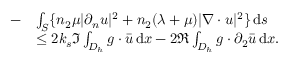
\begin{array} { r l } { - } & { \int _ { S } \{ n _ { 2 } \mu | \partial _ { n } u | ^ { 2 } + n _ { 2 } ( \lambda + \mu ) | \nabla \cdot u | ^ { 2 } \} \, \mathrm { d } s } \\ & { \le 2 k _ { s } \Im \int _ { D _ { h } } g \cdot \bar { u } \, \mathrm { d } x - 2 \Re \int _ { D _ { h } } g \cdot \partial _ { 2 } \bar { u } \, \mathrm { d } x . } \end{array}